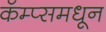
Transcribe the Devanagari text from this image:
कॅम्प्समधून